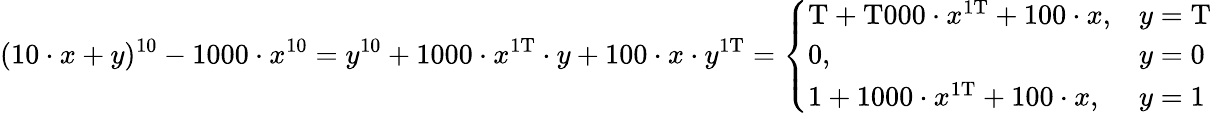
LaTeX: (10\cdot x+y)^{10}-1000\cdot x^{10}=y^{10}+1000\cdot x^{\mathrm{1T}}\cdot y+100\cdot x\cdot y^{\mathrm{1T}}={\left\{ \begin{array}{ll}{\mathrm{T}+\mathrm{T000}\cdot x^{\mathrm{1T}}+100\cdot x,}&{y=\mathrm{T}}\\ {0,}&{y=0}\\ {1+1000\cdot x^{\mathrm{1T}}+100\cdot x,}&{y=1}\end{array}\right.}